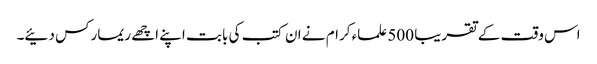
اس وقت کے تقریبا 500 علماء کرام نے ان کتب کی بابت اپنے اچھے ریمارکس دئیے۔